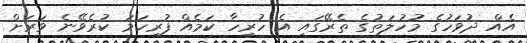
އެއް ދުވަހުގެ މުހުލަތުގެ ތެރޭގައި އެ ހުރިހާ ކަމެއް ފުރިހަމަ ކުރެވޭނެ ވަރަށް